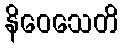
နိဝေသေတိ